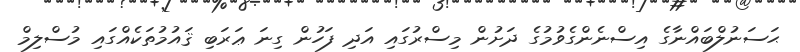
ޙަސަނުލްބައްނާގެ އިސްނެންގެވުމުގެ ދަށުން މިސްރުގައި އަދި ފަހުން ގިނަ ޢަރަބި ޤައުމުތަކެއްގައި މުސްލިމް